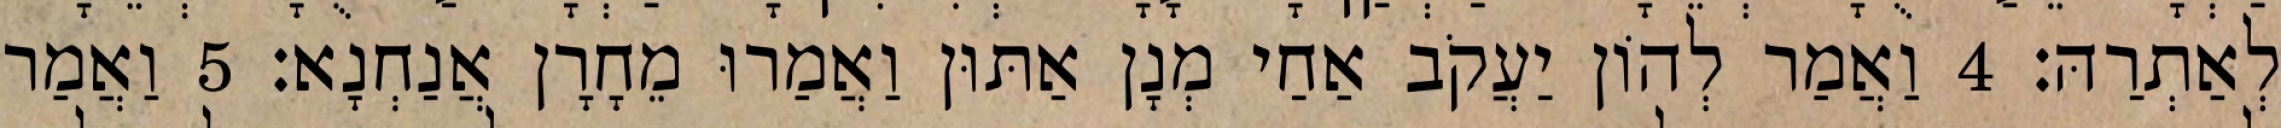
לְאַתְרַהּ׃ 4 וַאֲמַר לְהוֹן יַעֲקֹב אַחַי מְנָן אַתּוּן וַאֲמַרוּ מֵחָרָן אֲנַחְנָא׃ 5 וַאֲמַר